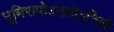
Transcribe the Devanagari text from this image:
भूमिरापोऽनलोऽनिलो